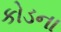
કોડના